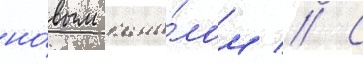
но́вым кана́лом // С